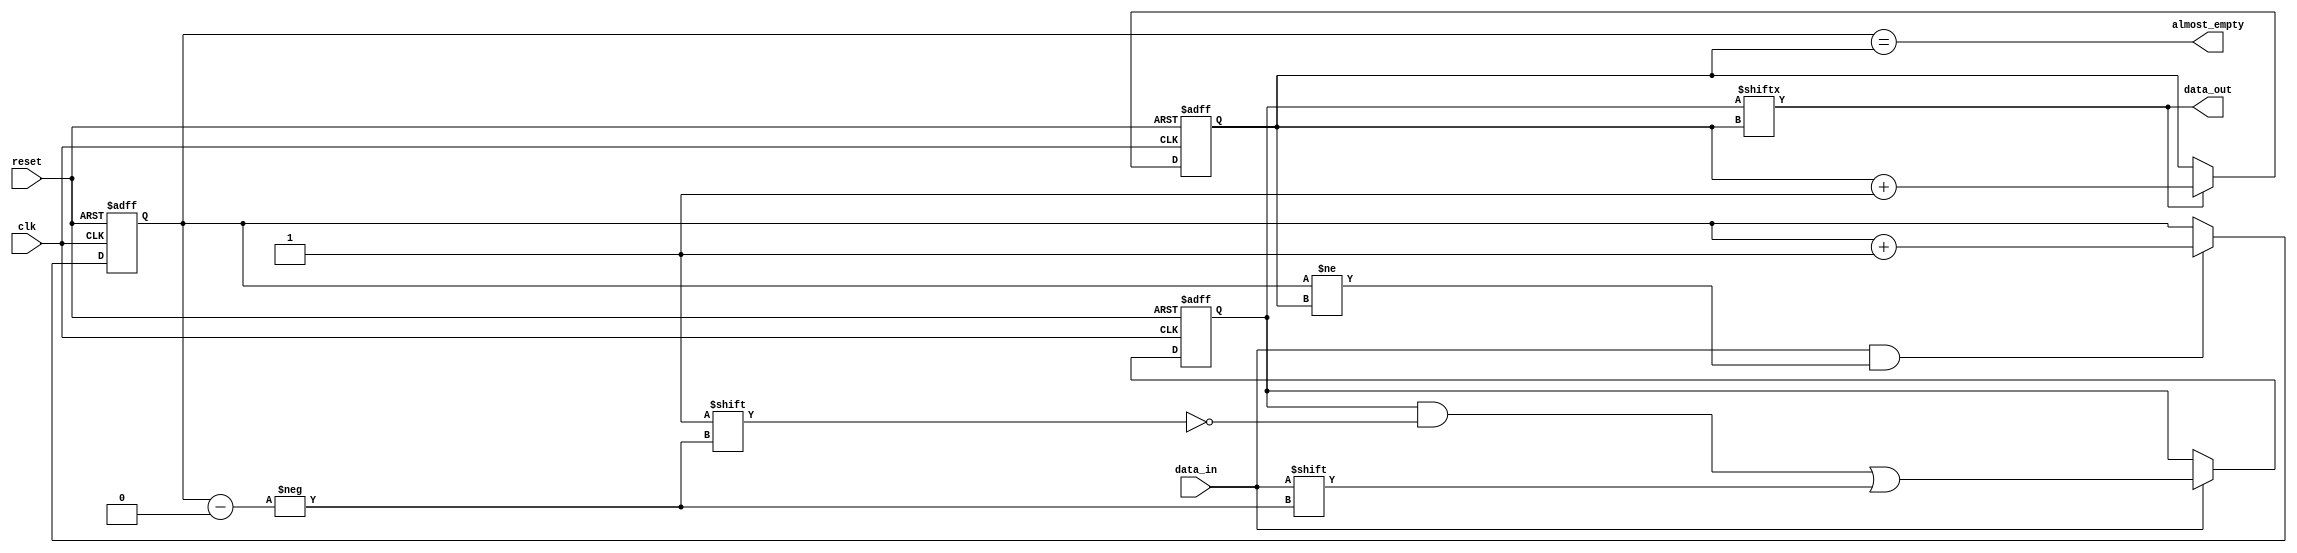
module almost_empty_fifo (
  input wire clk,
  input wire reset,
  input wire data_in,
  output reg data_out,
  output wire almost_empty
);

parameter DEPTH = 16; // Define the depth of the FIFO buffer

reg [DEPTH-1:0] memory;
reg [4:0] write_ptr;
reg [4:0] read_ptr;

// Write enable logic
always @(posedge clk or posedge reset)
begin
  if (reset)
    write_ptr <= 0;
  else if (data_in && (write_ptr != read_ptr))
    write_ptr <= write_ptr + 1;
end

// Read enable logic
always @(posedge clk or posedge reset)
begin
  if (reset)
    read_ptr <= 0;
  else if (data_out)
    read_ptr <= read_ptr + 1;
end

// Data output logic
assign data_out = memory[read_ptr];

// Almost empty detection logic
assign almost_empty = (write_ptr == read_ptr);

// Data storage logic
always @(posedge clk or posedge reset)
begin
  if (reset)
    memory <= 0;
  else if (data_in)
    memory[write_ptr] <= data_in;
end

endmodule